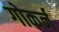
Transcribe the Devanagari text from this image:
गोकर्न